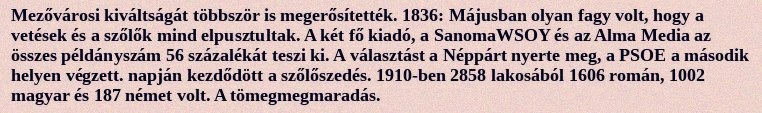
Mezővárosi kiváltságát többször is megerősítették. 1836: Májusban olyan fagy volt, hogy a vetések és a szőlők mind elpusztultak. A két fő kiadó, a SanomaWSOY és az Alma Media az összes példányszám 56 százalékát teszi ki. A választást a Néppárt nyerte meg, a PSOE a második helyen végzett. napján kezdődött a szőlőszedés. 1910-ben 2858 lakosából 1606 román, 1002 magyar és 187 német volt. A tömegmegmaradás.